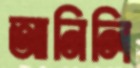
আনিলি